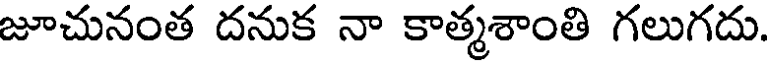
జూచునంత దనుక నా కాత్మశాంతి గలుగదు.